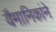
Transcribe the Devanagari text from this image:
वैमानिकांने